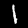
Label: 1